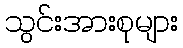
သွင်းအားစုများ